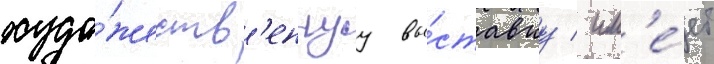
худо́жеств'еннуу вы́ставку / им'е́ет